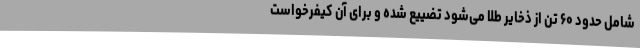
شامل حدود ۶۰ تن از ذخایر طلا می‌شود تضییع شده و برای آن کیفرخواست